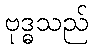
ဗုဒ္ဓသည်